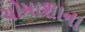
ચોમાશાના